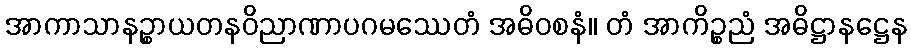
အာကာသာနဉ္စာယတနဝိညာဏာပဂမဿေတံ အဓိဝစနံ။ တံ အာကိဉ္စညံ အဓိဋ္ဌာနဋ္ဌေန